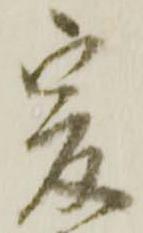
爰